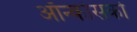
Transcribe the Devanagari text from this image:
ऑन्कोसर्का